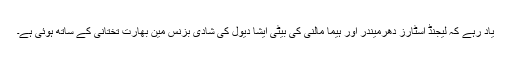
یاد رہے کہ لیجنڈ اسٹارز دھرمیندر اور ہیما مالنی کی بیٹی ایشا دیول کی شادی بزنس مین بھارت تختانی کے ساتھ ہوئی ہے۔